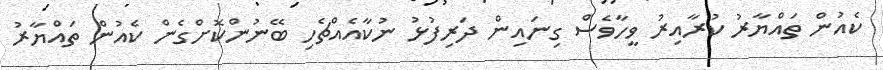
ކެއުން ތައްޔާރު ކުރާއިރު ވީހާވެސް ގިނައިން ދަރިފުޅު ނުކާއެއްޗެހި ބޭނުންކޮށްގެން ކެއުން ތައްޔާރު